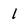
Character: 1